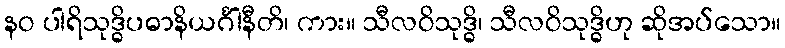
နဝ ပါရိသုဒ္ဓိပဓာနိယင်္ဂါနီတိ၊ ကား။ သီလဝိသုဒ္ဓိ၊ သီလဝိသုဒ္ဓိဟု ဆိုအပ်သော။